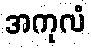
အကုလံ